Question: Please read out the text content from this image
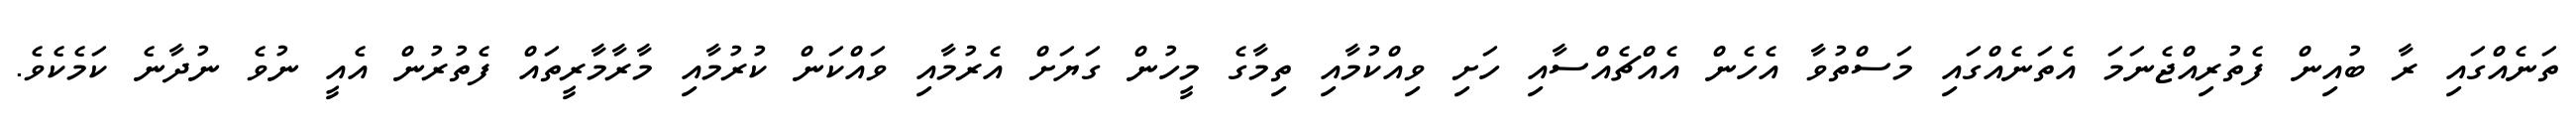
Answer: ތަނެއްގައި ރާ ބުއިން ފެތުރިއްޖެނަމަ އެތަނެއްގައި މަސްތުވާ އެހެން އެއްޗެއްސާއި ހަށި ވިއްކުމާއި ތިމާގެ މީހުން ގަޔަށް އެރުމާއި ވައްކަން ކުރުމާއި މާރާމާރީތައް ފެތުރުން އެއީ ނުވެ ނުދާނެ ކަމެކެވެ.